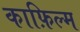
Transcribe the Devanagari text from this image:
काफ़िल्म